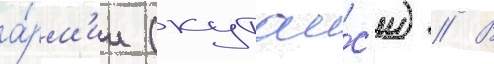
а́рм'ии (кутаи́с'и) // В